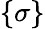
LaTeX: \{ \sigma\}